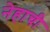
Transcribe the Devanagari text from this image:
नेहाची